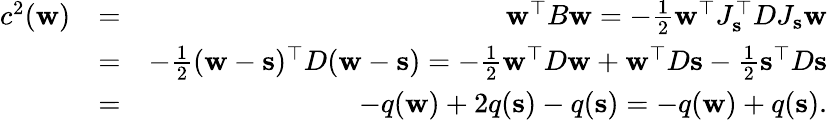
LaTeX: \begin{array}{rlr}{c^{2}({\mathbf w})}&{=}&{{\mathbf w}^{\top}B{\mathbf w}=-\frac 12{\mathbf w}^{\top}J_{{\mathbf s}}^{\top}DJ_{{\mathbf s}}{\mathbf w}}\\ &{=}&{-\frac 12({\mathbf w}-{\mathbf s})^{\top}D({\mathbf w}-{\mathbf s})=-\frac 12{\mathbf w}^{\top}D{\mathbf w}+{\mathbf w}^{\top}D{\mathbf s}-\frac 12{\mathbf s}^{\top}D{\mathbf s}}\\ &{=}&{-q({\mathbf w})+2q({\mathbf s})-q({\mathbf s})=-q({\mathbf w})+q({\mathbf s}).}\end{array}